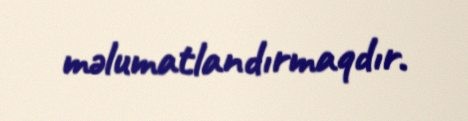
məlumatlandırmaqdır.